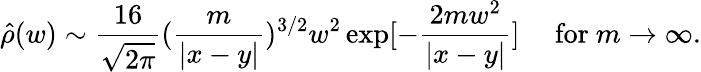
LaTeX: \hat{\rho}(w)\sim{\frac{16}{\sqrt{2\pi}}}(\frac{m}{|x-y|})^{3/2}w^{2}\exp[-\frac{2mw^{2}}{|x-y|}]\mathrm{\quad~for~}m\rightarrow\infty.